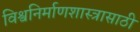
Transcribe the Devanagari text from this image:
विश्वनिर्माणशास्त्रासाठी